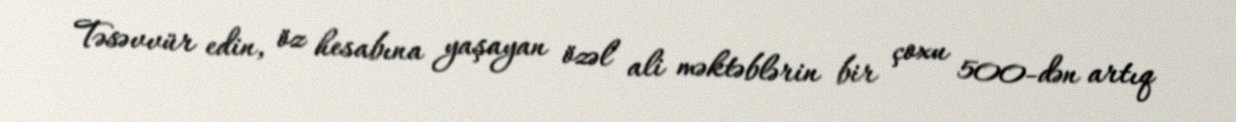
Təsəvvür edin, öz hesabına yaşayan özəl ali məktəblərin bir çoxu 500-dən artıq